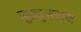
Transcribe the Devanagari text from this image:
सुखदुःखाच्या